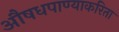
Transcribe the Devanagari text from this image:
औषधपाण्याकरिता